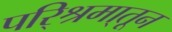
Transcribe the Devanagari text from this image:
परि्श्रमा्तून